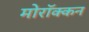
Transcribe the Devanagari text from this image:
मोरॉक्कन